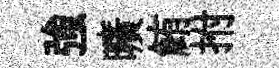
強曠鮪拊